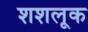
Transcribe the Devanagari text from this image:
शशलूक